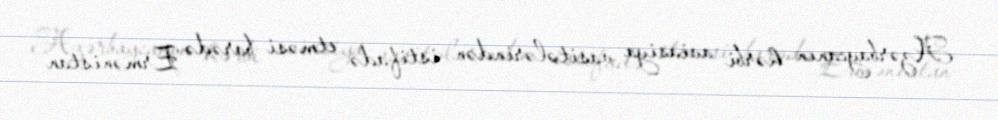
Azərbaycanın hərbi aviasiya vasitələrindən istifadə etməsi barədə Ermənistan